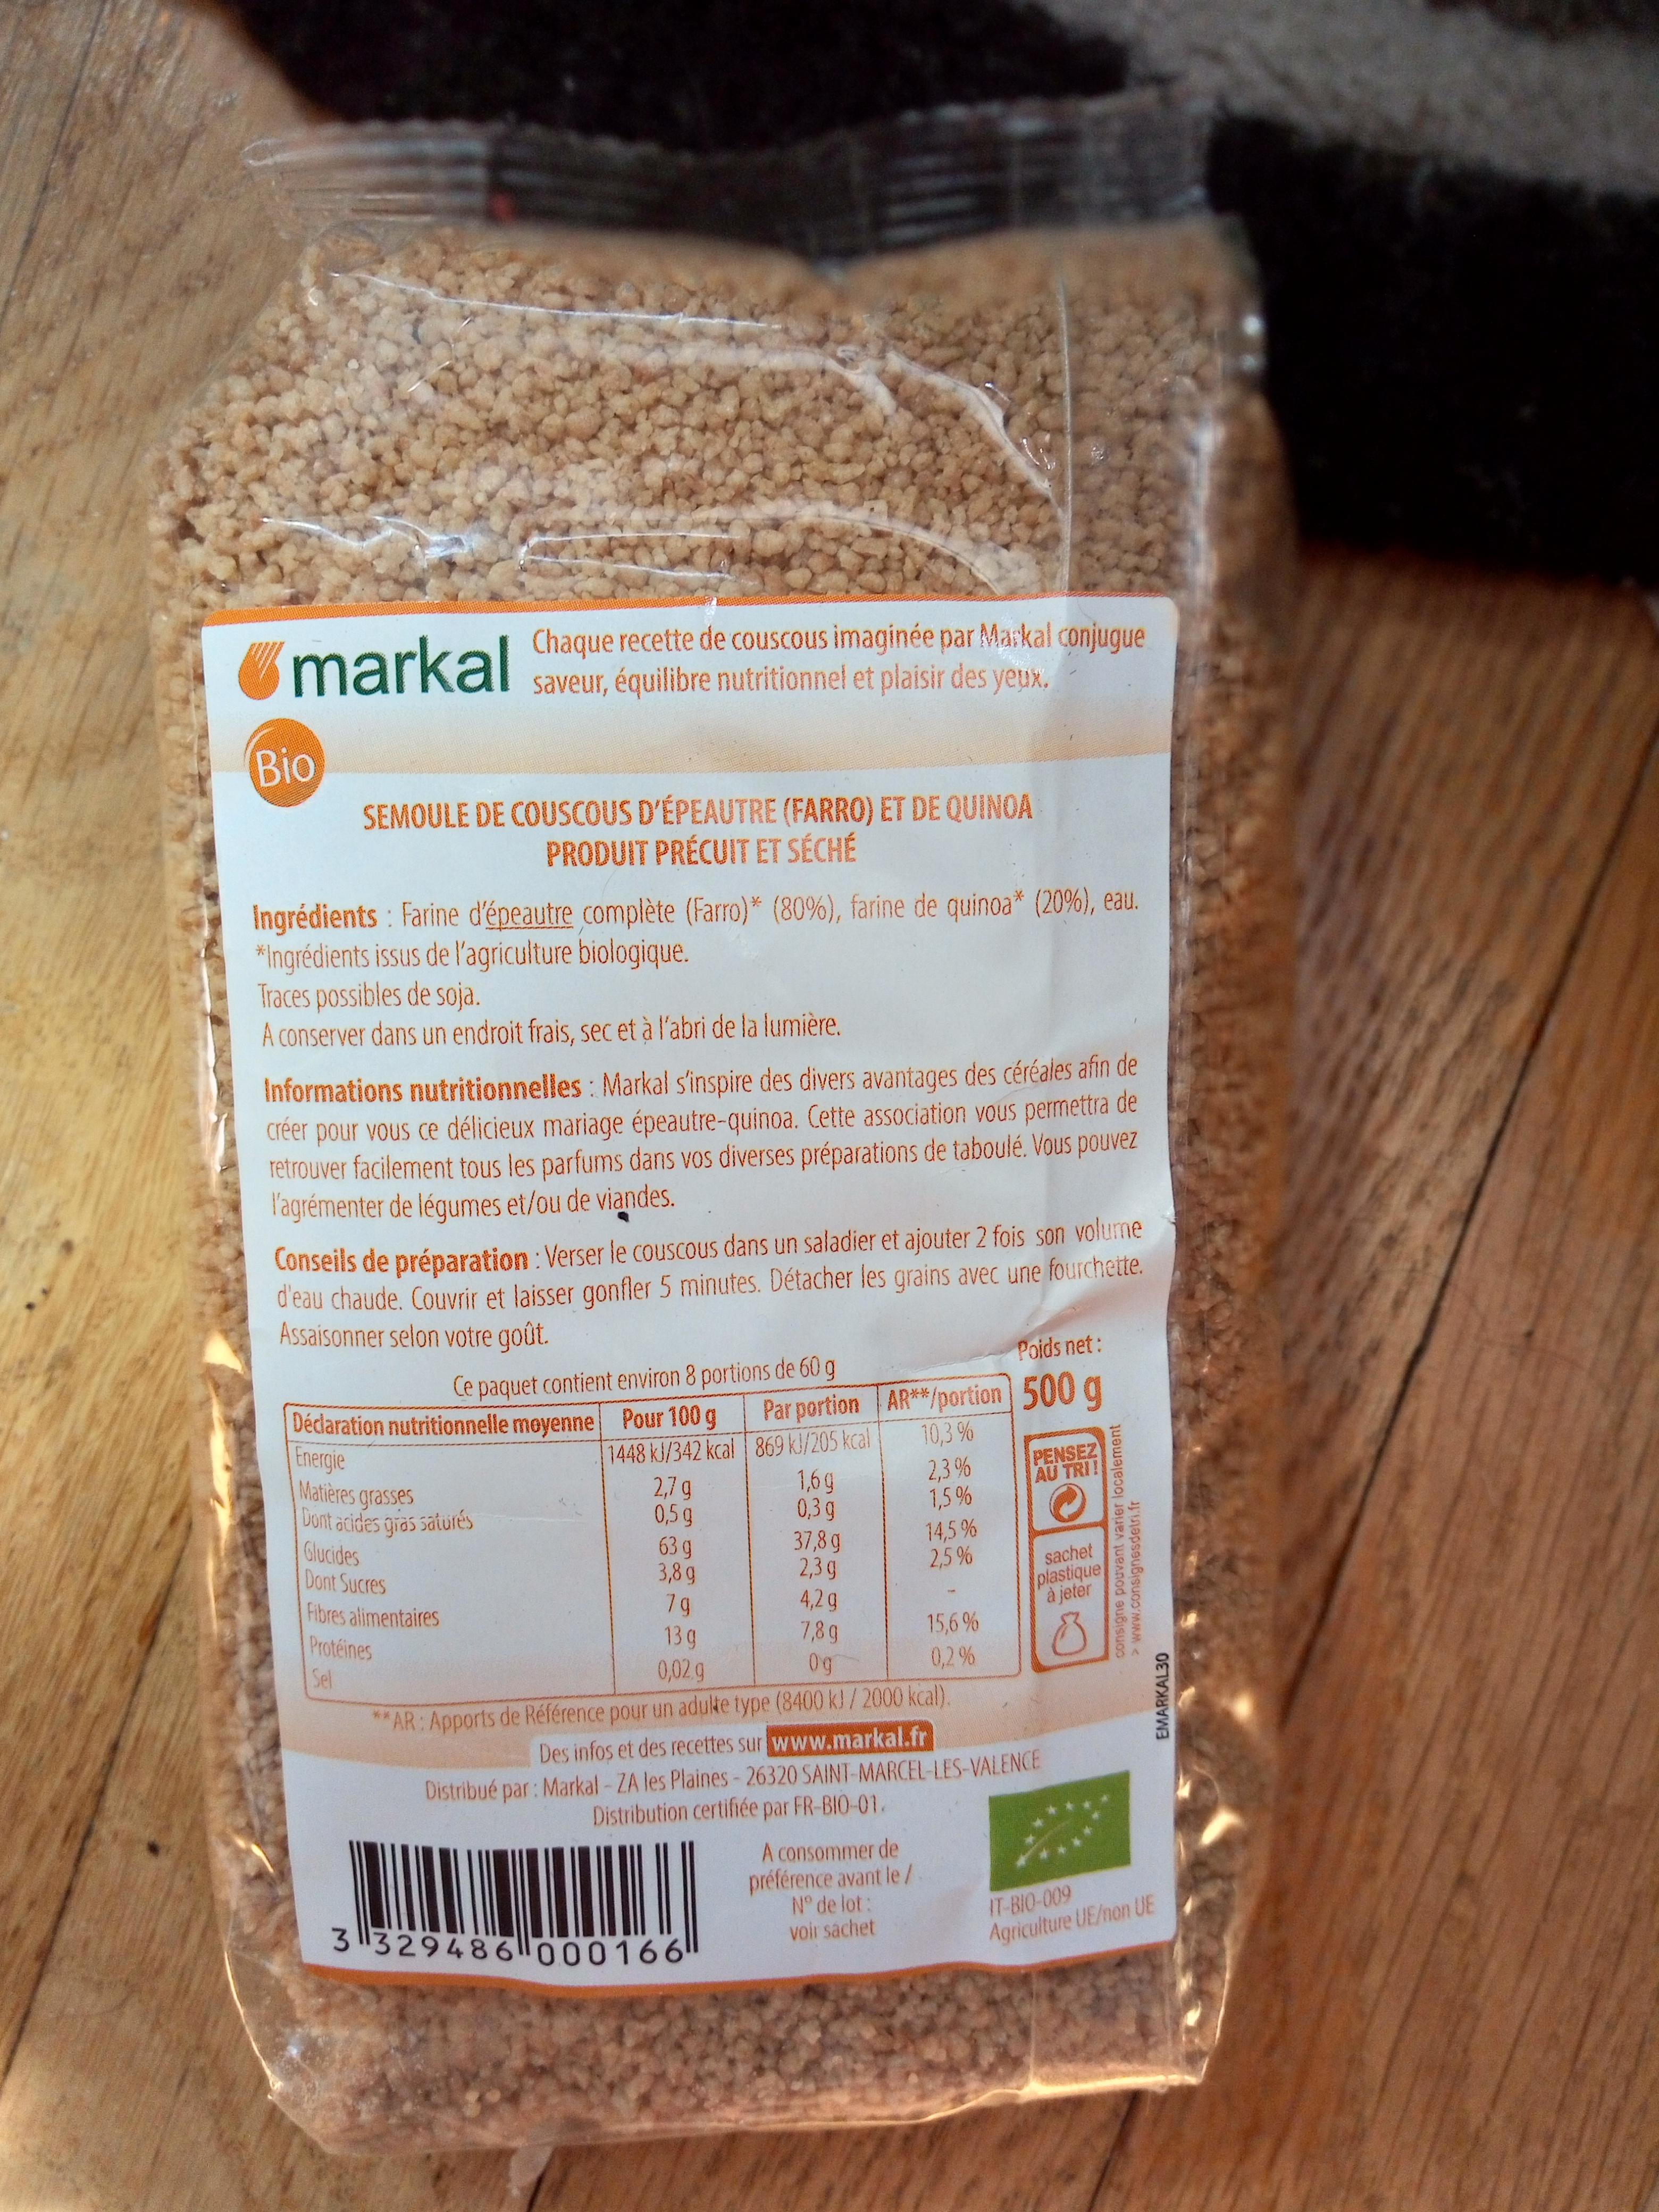
Chaque recette de couscous imaginée par Maskal conjugue markal saveur, équilibre nutritionnel et plaisir des yeux,
Bio SEMOULE DE COUSCOUS D'ÉPEAUTRE (FARRO) ET DE QUINOA
PRODUIT PRÉCUIT ET SÉCHÉ
Ingrédients : Farine d'épeautre complète (Farro)* (80%), farine de quinoa* (20%), eau. *Ingrédients issus de l'agriculture biologique. Traces possibles de soja. A conserver dans un endroit frais, sec et à l'abri de la lumière.
Informations nutritionnelles : Markal s'inspire des divers avantages des céréales afin de créer pour vous ce délicieux mariage épeautre-quinoa. Cette association vous permettra de retrouver facilement tous les parfums dans vos diverses préparations de taboulé. Vous pouvez l'agrémenter de légumes et/ou de viandes.
Conseils de préparation : Verser le couscous dans un saladier et ajouter 2 fois son volume d'eau chaude. Couvrir et laisser gonfler 5 minutes. Détacher les grains avec une fourchette. Assaisonner selon votre goût.
Poids net:
Ce paquet contient environ 8 portions de 60 g
Par portion AR**/portion 500 g 10,3 %
Déclaration nutritionnelle møyenne Pour 100 g Energie Matières grasses Dont acides gras saturés Glucides Dont Sucres Fibres alimentaires Protéines
1448 kJ/342 kcal 869 kl/205 kcal 1,6g 0,3 g 37,8 g 2,3 g 4,2g 7,8 g 0g
2,3 % 1,5 %
PENSEZ AU TRI!
2,7 g 0,5 g 63 g 3,8g 79
14,5 % 2,5 %
sachet
plastique à jeter
15,6 % 0,2 %
13 g
Sel
0,02g
**AR: Apports de Référence pour un aduke type (8400 kl /2000 kcal). Des infos et des recettes sur www.markal.fr Distribué par: Markal-ZA les Plaines-26320 SAINT-MARCEL-LES-VALENCE Distribution certifiée par FR-BIO-01.
A consommer de préférence avant le/ No de lot: voir sáchet
IT-BIO-009 Agriculture UE/non UE
3 329486000166
consigne pouvant varier localement >www.consignesdetri.fr
EMARKAL30